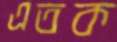
এতক